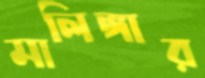
মালিঙ্গার